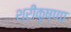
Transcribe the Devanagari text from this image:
श्रीकृष्णा